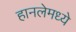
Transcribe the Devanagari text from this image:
हानलेमध्ये